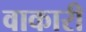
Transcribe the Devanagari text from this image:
वाकारी